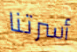
أسرتنا